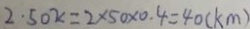
2 . 5 0 x = 2 \times 5 0 \times 0 . 4 = 4 0 ( k m )